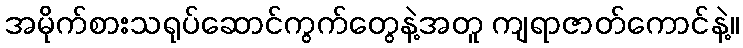
အမိုက်စားသရုပ်ဆောင်ကွက်တွေနဲ့အတူ ကျရာဇာတ်ကောင်နဲ့။